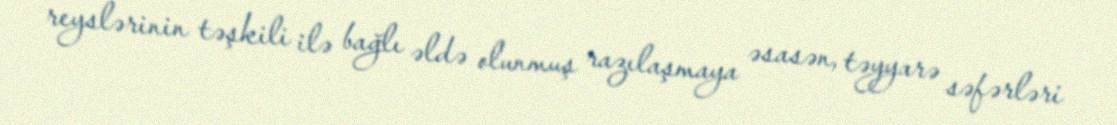
reyslərinin təşkili ilə bağlı əldə olunmuş razılaşmaya əsasən, təyyarə səfərləri